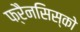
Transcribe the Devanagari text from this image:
फ्रैनसिस्को